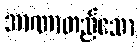
အာဏာတည်သော